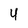
Character: 4